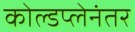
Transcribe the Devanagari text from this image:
कोल्डप्लेनंतर